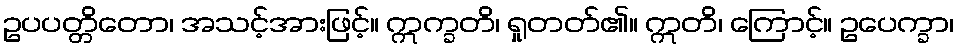
ဥပပတ္တိတော၊ အသင့်အားဖြင့်။ ဣက္ခတိ၊ ရှုတတ်၏။ ဣတိ၊ ကြောင့်။ ဥပေက္ခာ၊